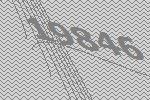
19846